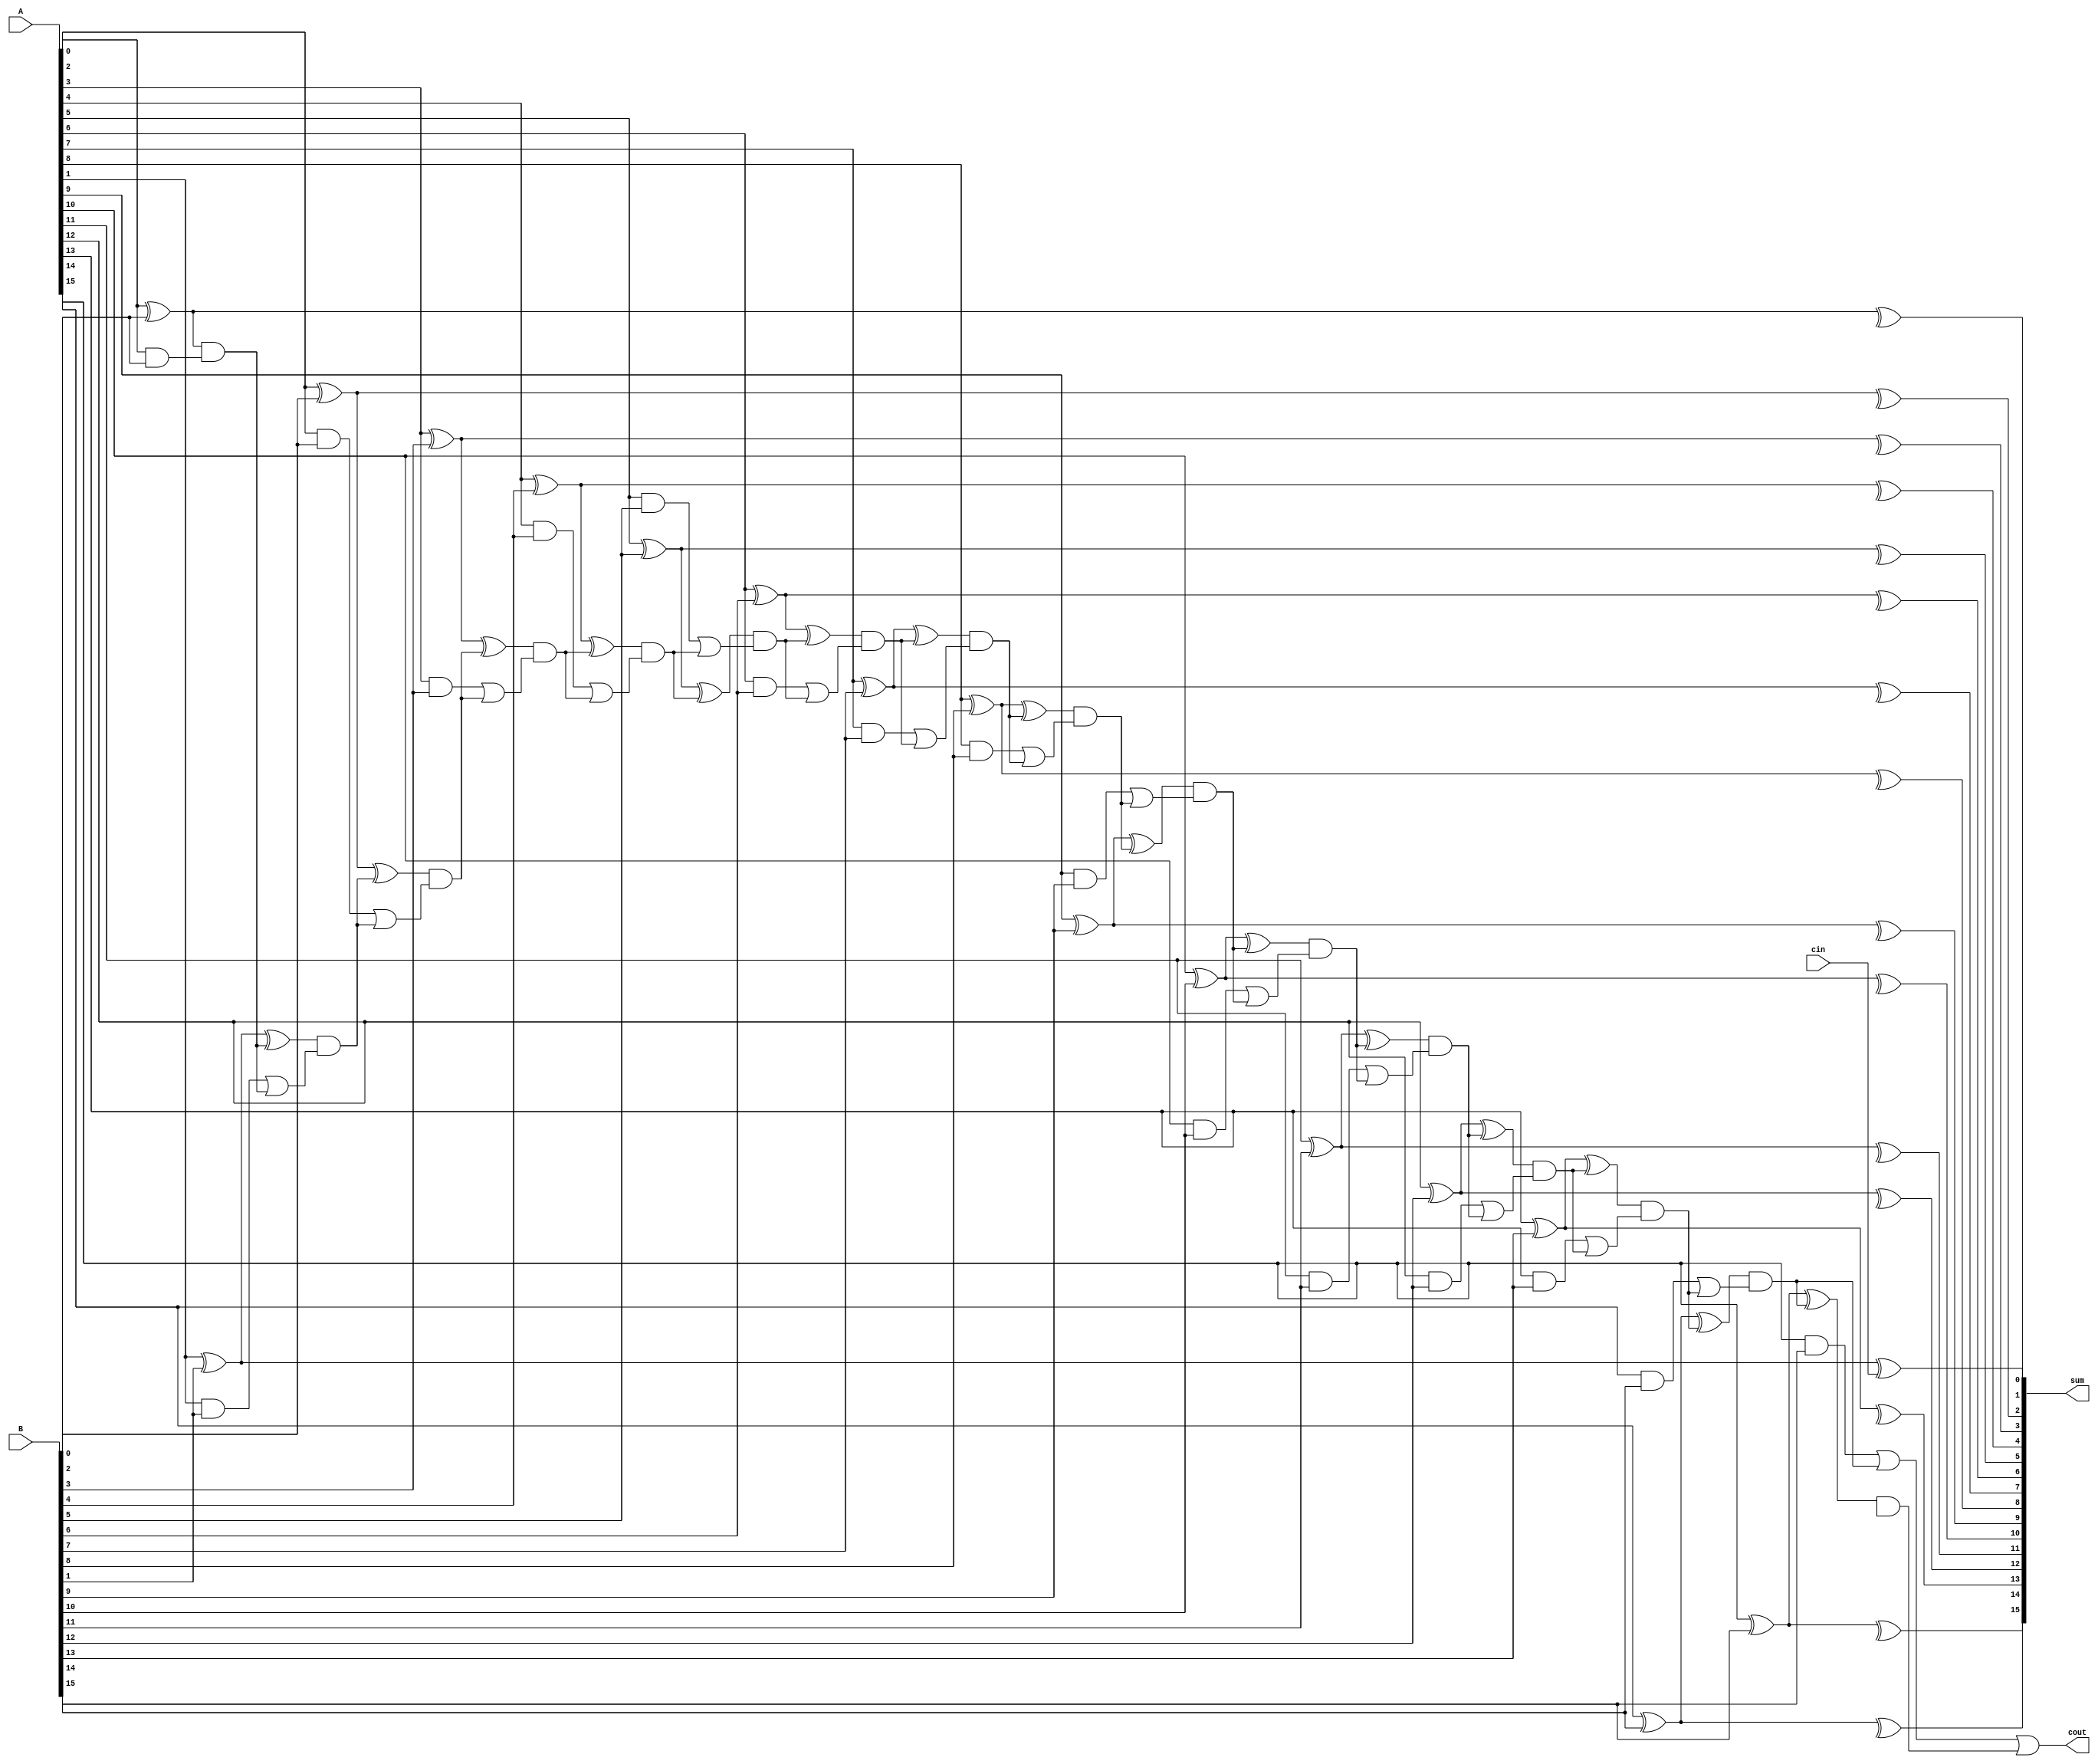
module CarrySkipLookAheadAdder (
    input [N-1:0] A,
    input [N-1:0] B,
    input  cin,
    output [N-1:0] sum,
    output  cout
  );
  
  parameter N = 16; // Number of bits in the input operands
  
  wire [N:0] g, p, c;
  
  // Generate and propagate signals
  assign g[0] = A[0] & B[0];
  assign p[0] = A[0] ^ B[0];
  
  genvar i;
  generate
    for (i = 1; i < N; i = i + 1) begin
      assign g[i] = (A[i] & B[i]) | (p[i-1] & g[i-1]);
      assign p[i] = A[i] ^ B[i] ^ (p[i-1] & g[i-1]);
    end
  endgenerate
  
  // Carry-skip unit
  assign c[0] = cin;
  assign c[N] = g[N-1] | (p[N-1] & c[N-1]);
  
  generate
    for (i = 0; i < N; i = i + 1) begin
      assign sum[i] = A[i] ^ B[i] ^ c[i-1];
    end
  endgenerate
  
  // Generate carry-out
  assign cout = c[N];
  
endmodule